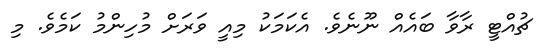
ޗުއްޓީ ރާވާ ބައެއް ނޫނެވެ. އެކަމަކު މިއީ ވަރަށް މުހިންމު ކަމެވެ. މި